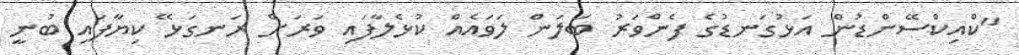
"ކްއިކްސޭންޑުން އަޅުގަނޑުގެ ފެންވަރު ބަލަން ލަވައެއް ކުޅެލާފައި ވަރަށް ރަނގަޅޭ ކިޔާފައި ބުނީ